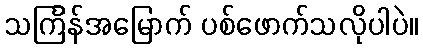
သင်္ကြန်အမြောက် ပစ်ဖောက်သလိုပါပဲ။